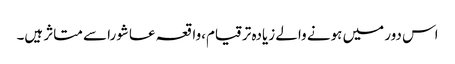
اس دور میں ہونے والے زیادہ ترقیام،واقعہ عاشورا سے متاثر ہیں۔